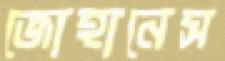
জোহানেস